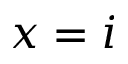
x = i